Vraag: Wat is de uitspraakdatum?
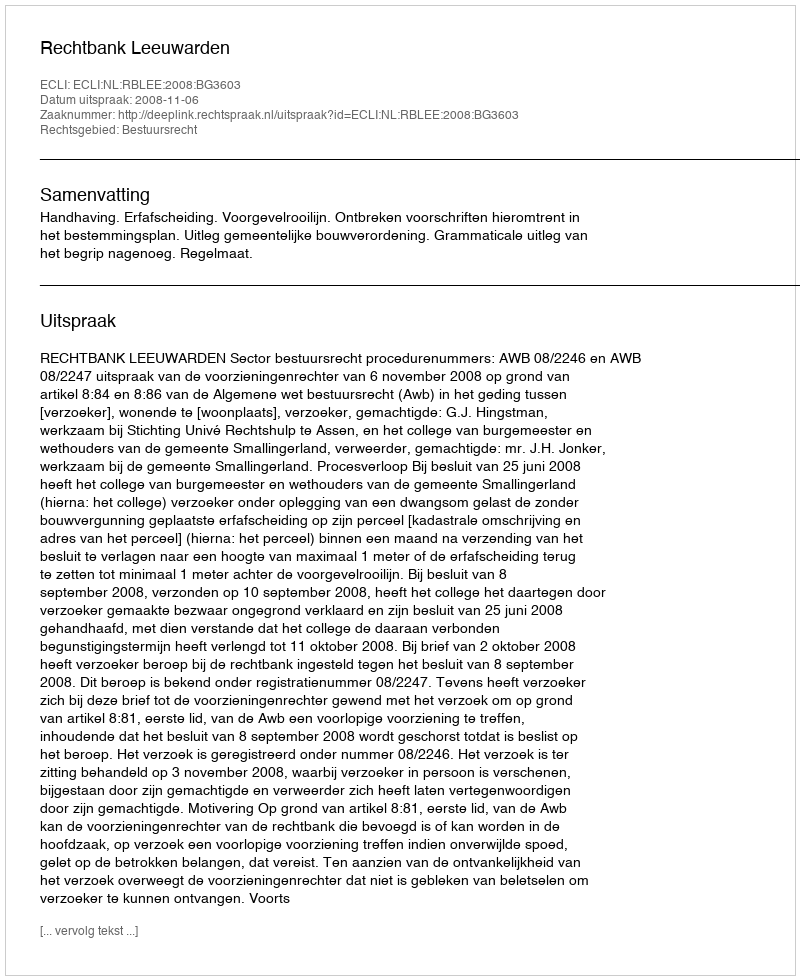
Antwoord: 2008-11-06